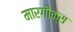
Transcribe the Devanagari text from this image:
मारगौक्स